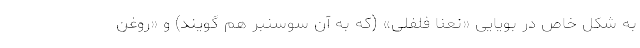
به شکل خاص در بویایی «نعنا فلفلی» (که به آن سوسنبر هم گویند) و «روغن